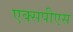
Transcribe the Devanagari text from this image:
एक्सपीएस